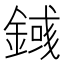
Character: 𨪎